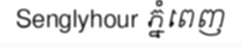
Senglyhour ភ្នំពេញ